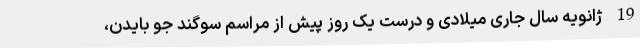
19 ژانویه سال جاری میلادی و درست یک روز پیش از مراسم سوگند جو بایدن،